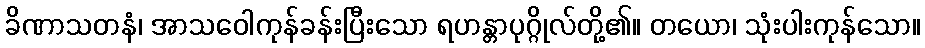
ခိဏာသတနံ၊ အာသဝေါကုန်ခန်းပြီးသော ရဟန္တာပုဂ္ဂိုလ်တို့၏။ တယော၊ သုံးပါးကုန်သော။